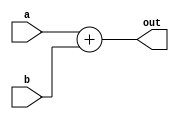
module PC_add(a,b,out);
	input [4:0]a,b;
	output [4:0]out;

	assign out=a+b;

endmodule